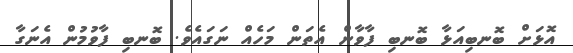
އޮޅަށް ބޮނބިއަޅާ ބޮނބި ފާވާން އެތަން މަހެއް ނަގައެވެ. ބޮނބި ފާވުމުން އެނަގާ